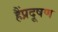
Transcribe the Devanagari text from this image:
हैंप्रदूषण